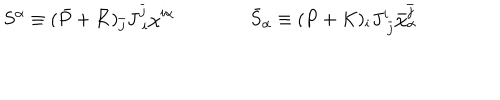
S ^ { \alpha } \equiv ( \bar { P } + \bar { K } ) _ { \bar { j } } J _ { \; i } ^ { \bar { j } } \chi ^ { i \alpha } \qquad \qquad \bar { S } _ { \alpha } \equiv ( P + K ) _ { i } J _ { \; \bar { j } } ^ { i } \bar { \chi } _ { \alpha } ^ { \bar { j } }